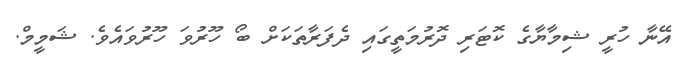
އޭނާ ހުރީ ޝިމާޔާގެ ކޮޓަރި ދޮރުމަތީގައި ދެފަރާތަކަށް ބޯ ހޫރުވަ ހޫރުވައެވެ. ޝަމީމް.